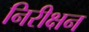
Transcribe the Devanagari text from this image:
निरीक्षन